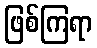
ဖြစ်ကြရာ